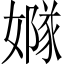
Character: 𡡦